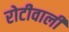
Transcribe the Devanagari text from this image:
रोटीवाली